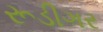
રૂડીગર